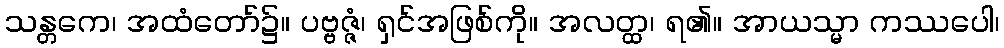
သန္တကေ၊ အထံတော်၌။ ပဗ္ဗဇ္ဇံ၊ ရှင်အဖြစ်ကို။ အလတ္ထ၊ ရ၏။ အာယသ္မာ ကဿပေါ၊